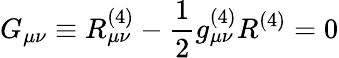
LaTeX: G_{\mu\nu}\equiv R_{\mu\nu}^{(4)}-{\frac{1}{2}}g_{\mu\nu}^{(4)}R^{(4)}=0